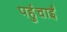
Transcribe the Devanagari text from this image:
पहुंचाईं